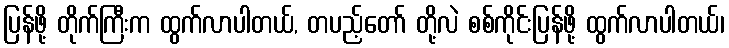
ပြန်ဖို့ တိုက်ကြီးက ထွက်လာပါတယ်, တပည့်တော် တို့လဲ စစ်ကိုင်းပြန်ဖို့ ထွက်လာပါတယ်၊